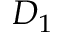
D _ { 1 }